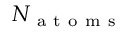
N _ { \mathrm { ~ a ~ t ~ o ~ m ~ s ~ } }